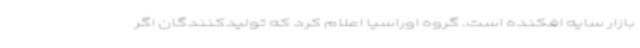
بازار سایه افکنده است. گروه اوراسیا اعلام کرد که تولیدکنندگان اگر